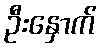
ဦးနှောက်